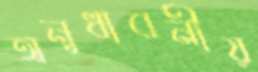
অনুধাবনীয়